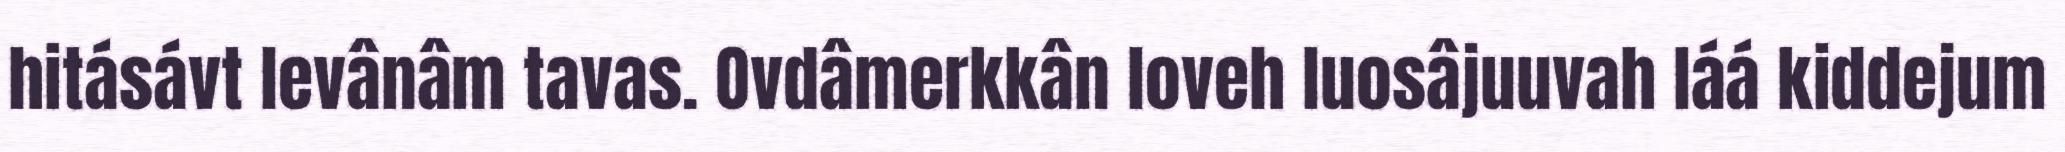
hitásávt levânâm tavas. Ovdâmerkkân loveh luosâjuuvah láá kiddejum